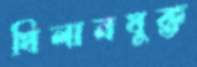
খিলানযুক্ত